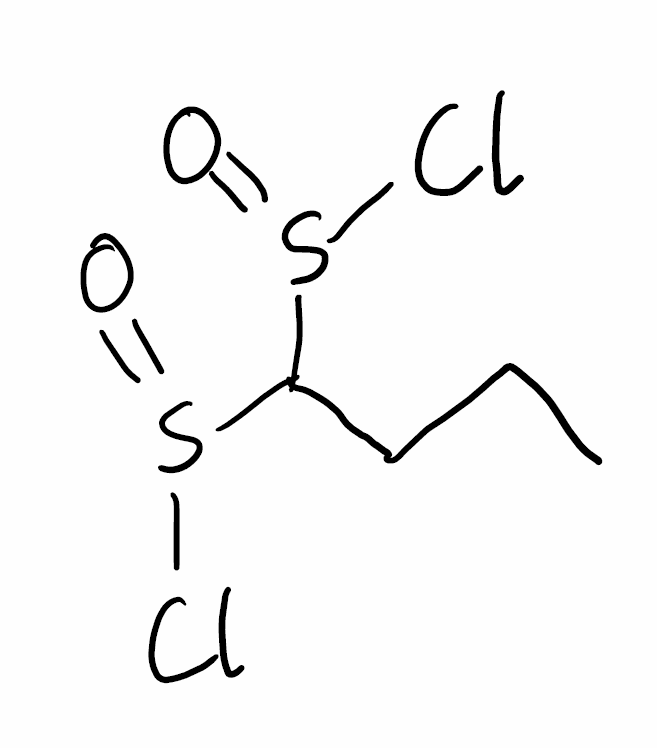
Simplified molecular-input line-entry system (SMILES) notation of the given molecule:
CCCC(S(=O)Cl)S(=O)Cl